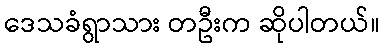
ဒေသခံရွာသား တဦးက ဆိုပါတယ်။